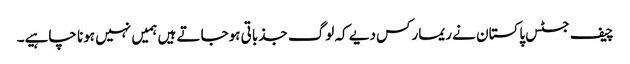
چیف جسٹس پاکستان نے ریمارکس دیے کہ لوگ جذباتی ہوجاتے ہیں ہمیں نہیں ہونا چاہیے۔